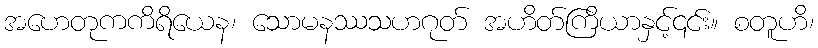
အဟေတုကကိရိယေန၊ သောမနဿသဟဂုတ် အဟိတ်ကြိယာနှင့်၎င်း။ စတူဟိ၊